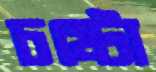
চষ্টো